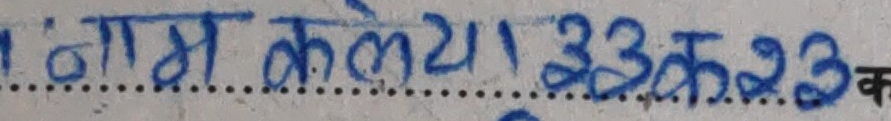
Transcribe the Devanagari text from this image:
नाम कलैया ३३ क २३ क